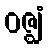
ဝဇ္ဈံ